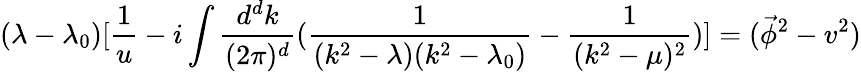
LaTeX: (\lambda-\lambda_{0})[\frac{1}{u}-i\int\frac{d^{d}{k}}{(2\pi)^{d}}(\frac{1}{(k^{2}-\lambda)(k^{2}-\lambda_{0})}-\frac{1}{(k^{2}-\mu)^{2}})]=(\vec{\phi}^{2}-v^{2})